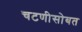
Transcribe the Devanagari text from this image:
चटणीसोबत